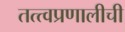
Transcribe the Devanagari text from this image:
तत्त्वप्रणालीची